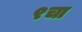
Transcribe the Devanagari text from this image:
९चा